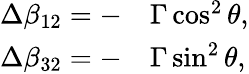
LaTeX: \begin{array}{r}{\begin{array}{rl}{\Delta\beta_{12}=-}&{{}\Gamma\cos^{2}\theta,}\\ {\Delta\beta_{32}=-}&{{}\Gamma\sin^{2}\theta,}\end{array}}\end{array}